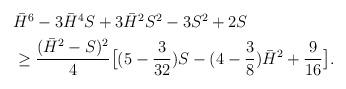
LaTeX: \begin{align*}\begin{aligned}&\bar H^6-3\bar H^4S+3\bar H^2S^2-3S^2+2S\\&\geq \dfrac{(\bar H^2-S)^2}4\bigl[(5-\dfrac{3}{32})S-(4-\dfrac3{8})\bar H^2+\dfrac9{16}\bigl ].\end{aligned}\end{align*}